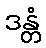
ဒန္တံ